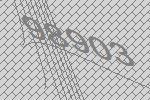
98903